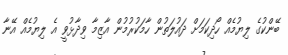
ބޭންކުގެ ލިޔުމެއް ހޯދިކަމަށް ދައުލަތުން ހާމަކުރުމުން އާޒިމާ ވިދާޅުވީ އެ ލިޔުމެއް އޭނާ